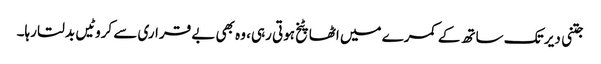
جتنی دیر تک ساتھ کے کمرے میں اٹھا پٹخ ہوتی رہی، وہ بھی بے قراری سے کروٹیں بدلتا رہا۔